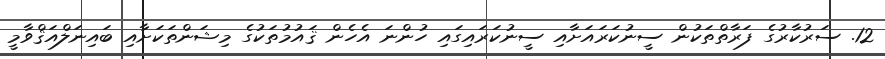
12. ސަރުކާރުގެ ފަރާތްތަކުން ސީނުކަރައަށާއި ސީނުކަރައިގައި ހުންނަ އެހެން ޤައުމުތަކުގެ މިޝަންތަކަށާއި ބައިނަލްއަޤްވާމީ